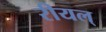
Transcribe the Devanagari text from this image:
रीयल्